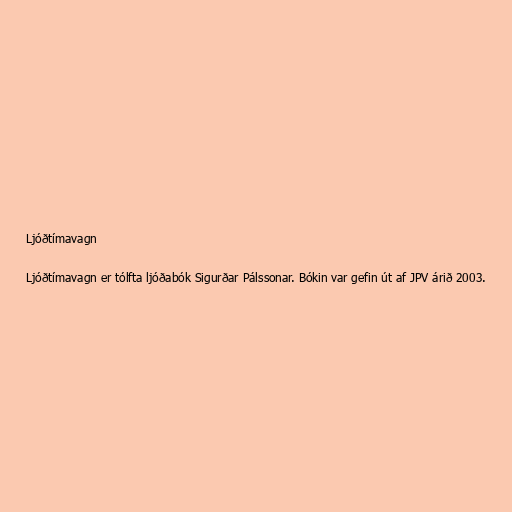
Ljóðtímavagn

Ljóðtímavagn er tólfta ljóðabók Sigurðar Pálssonar. Bókin var gefin út af JPV árið 2003.